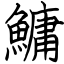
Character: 鱅